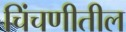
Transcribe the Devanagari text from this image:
चिंचणीतील